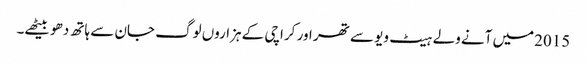
2015میں آنے ولے ہیٹ ویو سے تھر اور کراچی کے ہزاروں لوگ جان سے ہاتھ دھو بیٹھے۔